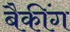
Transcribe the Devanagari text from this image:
बैकींग